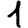
Digit: 1